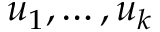
u _ { 1 } , \ldots , u _ { k }